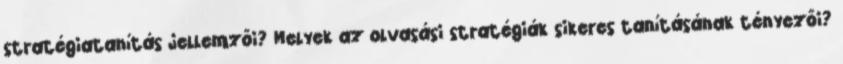
stratégiatanítás jellemzői? Melyek az olvasási stratégiák sikeres tanításának tényezői?